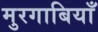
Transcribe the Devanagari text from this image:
मुरगाबियाँ